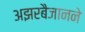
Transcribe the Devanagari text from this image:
अझरबैजानने